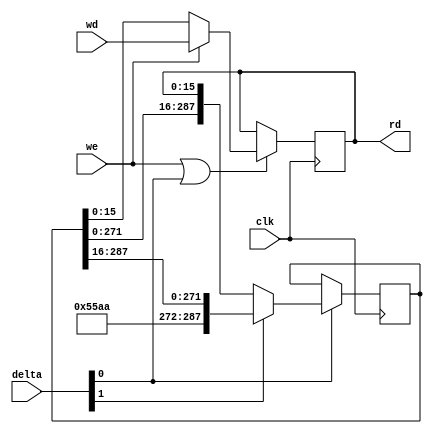
// taken and modified from jamesbowman/swapforth

`default_nettype none
`define WIDTH 16

module stack2(
  input wire clk,
  output wire [`WIDTH-1:0] rd,  // top of stack
  input wire we,                // write enable bit
  input wire [1:0] delta,
  // 00 no we = do nothing
  // 00 we    = overwrite top of stack
  // 10 no we = do nothing
  // 10 we    = overwrite top of stack
  // 01 no we = swap head and snd
  // 01 we    = push written item to stack
  // 11 no we = pop stack
  // 11 we    = pop, then overwrite stack
  input wire [`WIDTH-1:0] wd);  // write data
  parameter DEPTH = 18;
  localparam BITS = (`WIDTH * DEPTH) - 1;

  wire move = delta[0];

  reg [15:0] head;
  reg [BITS:0] tail;
  wire [15:0] headN;
  wire [BITS:0] tailN;

  assign headN = we ? wd : tail[15:0];
  assign tailN = delta[1] ? {16'h55aa, tail[BITS:16]} : {tail[BITS-16:0], head};

  always @(posedge clk) begin
    if (we | move)
      head <= headN;
    if (move)
      tail <= tailN;
  end

  assign rd = head;

`ifdef VERILATOR
  int depth /* verilator public_flat */;
  always @(posedge clk) begin
    if (delta == 2'b11)
      depth <= depth - 1;
    if (delta == 2'b01)
      depth <= depth + 1;
  end
`endif

endmodule